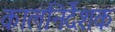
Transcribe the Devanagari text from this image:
कालनिर्देशक